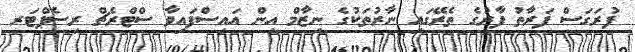
ފުރަގަސް ފަރާތު ފާރުގެ ތެރޭގައި ނާރުތަކުގެ ނިޒާމް އިން އައިސްފައިވާ ސްޓްރެޗް ރިސެޕްޓަރ